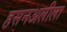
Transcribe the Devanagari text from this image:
हसनअलीला